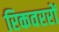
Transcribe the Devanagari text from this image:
रिकवररों